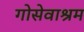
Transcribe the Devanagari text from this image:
गोसेवाश्रम